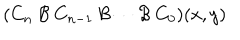
( C _ { n } \: { \cal { B } } \: C _ { n - 1 } \: { \cal { B } } \cdots { \cal { B } } \: C _ { 0 } ) ( x , y )